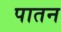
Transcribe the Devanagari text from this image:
पातन